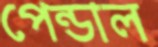
পেন্ডাল